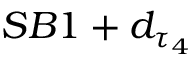
S B 1 + d _ { \tau _ { 4 } }